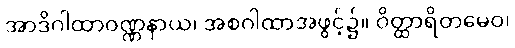
အာဒိဂါထာဝဏ္ဏနာယ၊ အစဂါထာအဖွင့်၌။ ဝိတ္ထာရိတမေဝ၊